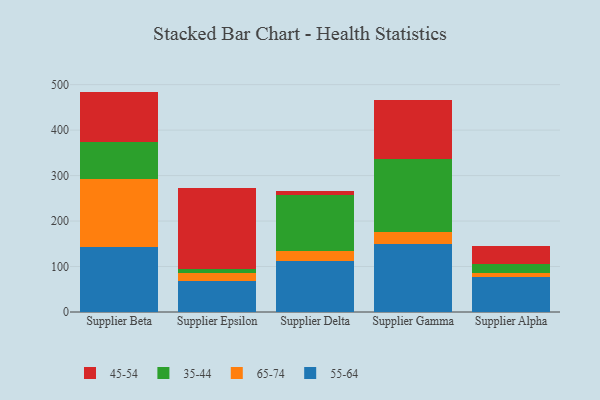
{"axis": {"x": "Supplier", "y": "Active Users"}, "legend": ["35-44", "45-54", "55-64", "65-74"], "data": [{"x": "Supplier Beta", "y": 142.9, "type": "55-64"}, {"x": "Supplier Beta", "y": 150.1, "type": "65-74"}, {"x": "Supplier Beta", "y": 80.5, "type": "35-44"}, {"x": "Supplier Beta", "y": 111.2, "type": "45-54"}, {"x": "Supplier Epsilon", "y": 68.2, "type": "55-64"}, {"x": "Supplier Epsilon", "y": 16.5, "type": "65-74"}, {"x": "Supplier Epsilon", "y": 10.6, "type": "35-44"}, {"x": "Supplier Epsilon", "y": 177.0, "type": "45-54"}, {"x": "Supplier Delta", "y": 113.0, "type": "55-64"}, {"x": "Supplier Delta", "y": 21.7, "type": "65-74"}, {"x": "Supplier Delta", "y": 123.1, "type": "35-44"}, {"x": "Supplier Delta", "y": 9.2, "type": "45-54"}, {"x": "Supplier Gamma", "y": 149.1, "type": "55-64"}, {"x": "Supplier Gamma", "y": 27.9, "type": "65-74"}, {"x": "Supplier Gamma", "y": 159.7, "type": "35-44"}, {"x": "Supplier Gamma", "y": 128.7, "type": "45-54"}, {"x": "Supplier Alpha", "y": 77.4, "type": "55-64"}, {"x": "Supplier Alpha", "y": 8.9, "type": "65-74"}, {"x": "Supplier Alpha", "y": 18.2, "type": "35-44"}, {"x": "Supplier Alpha", "y": 39.7, "type": "45-54"}]}